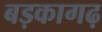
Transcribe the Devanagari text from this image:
बड़कागढ़